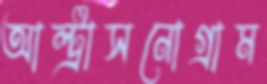
আল্ট্রাসনোগ্রাম